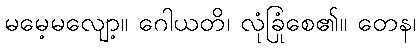
မမေ့မလျော့။ ဂေါယတိ၊ လုံခြုံစေ၏။ တေန၊